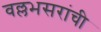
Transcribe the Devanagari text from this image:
वल्लभसरांची